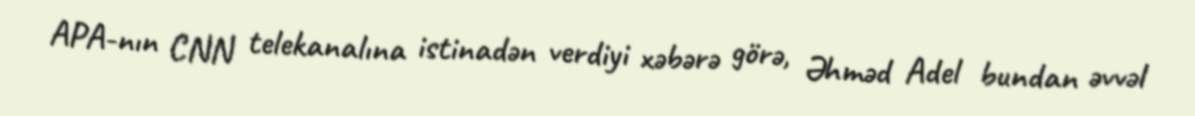
APA-nın CNN telekanalına istinadən verdiyi xəbərə görə, Əhməd Adel bundan əvvəl